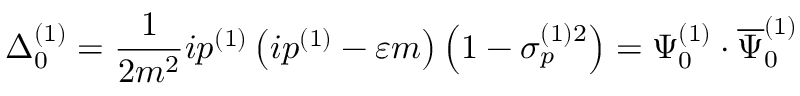
\Delta _ { 0 } ^ { ( 1 ) } = \frac 1 { 2 m ^ { 2 } } i p ^ { ( 1 ) } \left( i p ^ { ( 1 ) } - \varepsilon m \right) \left( 1 - \sigma _ { p } ^ { ( 1 ) 2 } \right) = \Psi _ { 0 } ^ { ( 1 ) } \cdot \overline { { { \Psi } } } _ { 0 } ^ { ( 1 ) }